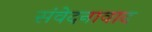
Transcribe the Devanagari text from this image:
संवेदनावाद